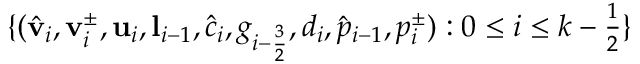
\begin{array} { r } { \{ ( \hat { \mathbf { v } } _ { i } , \mathbf { v } _ { i } ^ { \pm } , \mathbf { u } _ { i } , \mathbf { l } _ { i - 1 } , \hat { c } _ { i } , g _ { i - \frac { 3 } { 2 } } , d _ { i } , \hat { p } _ { i - 1 } , p _ { i } ^ { \pm } ) : 0 \leq i \leq k - \frac 1 2 \} } \end{array}